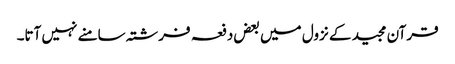
قرآن مجید کے نزول میں بعض دفعہ فرشتہ سامنے نہیں آتا۔